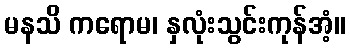
မနသိ ကရောမ၊ နှလုံးသွင်းကုန်အံ့။